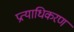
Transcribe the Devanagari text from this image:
प्रत्याधिकरण